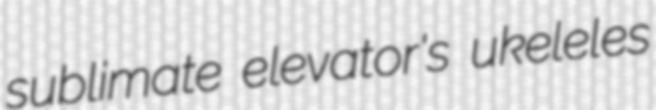
sublimate elevator's ukeleles